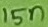
Text: 15n